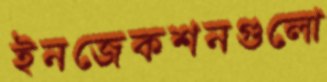
ইনজেকশনগুলো